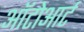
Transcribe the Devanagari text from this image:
ऑटोआर्ट